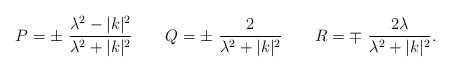
\begin{align*}P=\pm\ {\lambda^2 -|k|^2\over \lambda^2 +|k|^2} \qquad Q =\pm\ {2\over \lambda^2 +|k|^2}\qquad R=\mp\ {2\lambda\over \lambda^2 +|k|^2}.\end{align*}